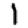
Digit: 1